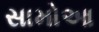
સામોઆ